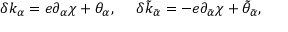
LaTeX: \delta k _ { \alpha } = e \partial _ { \alpha } \chi + \theta _ { \alpha } , \ \ \ \ \delta \tilde { k } _ { \tilde { \alpha } } = - e \partial _ { \tilde { \alpha } } \chi + \tilde { \theta } _ { \tilde { \alpha } } ,